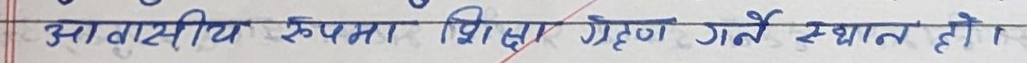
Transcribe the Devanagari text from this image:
आवासीय रूपमा शिक्षा ग्रहण गर्ने स्थान हो।